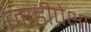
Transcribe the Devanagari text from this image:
जाडीपेक्षा